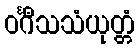
ဝင်္ဂီသသံယုတ္တံ